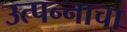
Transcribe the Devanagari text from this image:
उत्‍पन्‍नाचा